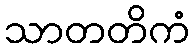
သာတတိကံ